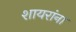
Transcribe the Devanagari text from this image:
शायरांना